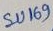
Text: SU169